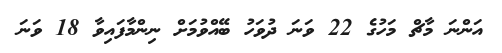
އަންނަ މާޗް މަހުގެ 22 ވަނަ ދުވަހު ބޭއްވުމަށް ނިންމާފައިވާ 18 ވަނަ